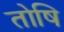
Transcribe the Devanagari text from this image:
तोषि